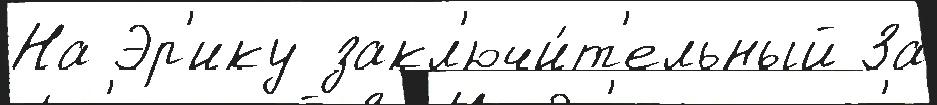
На Эр'ику закл'ючи́т'ельный За